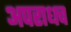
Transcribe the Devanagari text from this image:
अपराधच